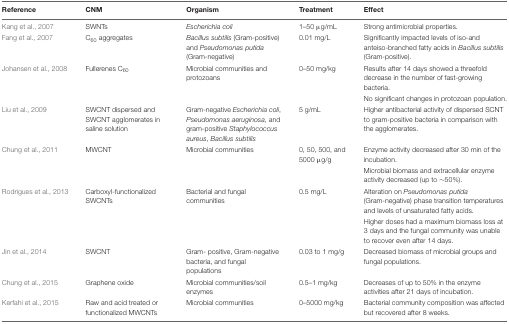
| Reference | CNM | Organism | Treatment | Effect |
 | --- | --- | --- | --- | --- |
 | Kang et al., 2007 | SWNTs | Escherichia coli | 1–50 μg/mL | Strong antimicrobial properties. |
 | Fang et al., 2007 | C60 aggregates | Bacillus subtilis (Gram-positive) and Pseudomonas putida (Gram-negative) | 0.01 mg/L | Significantly impacted levels of iso-and anteiso-branched fatty acids in Bacillus subtilis (Gram-positive). |
 | Johansen et al., 2008 | Fullerenes C60 | Microbial communities and protozoans | 0–50 mg/kg | Results after 14 days showed a threefold decrease in the number of fast-growing bacteria. |
 |  |  |  |  | No significant changes in protozoan population. |
 | Liu et al., 2009 | SWCNT dispersed and SWCNT agglomerates in saline solution | Gram-negative Escherichia coli, Pseudomonas aeruginosa, and gram-positive Staphylococcus aureus, Bacillus subtilis | 5 g/mL | Higher antibacterial activity of dispersed SCNT to gram-positive bacteria in comparison with the agglomerates. |
 | Chung et al., 2011 | MWCNT | Microbial communities | 0, 50, 500, and 5000 μg/g | Enzyme activity decreased after 30 min of the incubation. |
 |  |  |  |  | Microbial biomass and extracellular enzyme activity decreased (up to ∼50%). |
 | Rodrigues et al., 2013 | Carboxyl-functionalized SWCNTs | Bacterial and fungal communities | 0.5 mg/L | Alteration on Pseudomonas putida (Gram-negative) phase transition temperatures and levels of unsaturated fatty acids. |
 |  |  |  |  | Higher doses had a maximum biomass loss at 3 days and the fungal community was unable to recover even after 14 days. |
 | Jin et al., 2014 | SWCNT | Gram- positive, Gram-negative bacteria, and fungal populations | 0.03 to 1 mg/g | Decreased biomass of microbial groups and fungal populations. |
 | Chung et al., 2015 | Graphene oxide | Microbial communities/soil enzymes | 0.5–1 mg/kg | Decreases of up to 50% in the enzyme activities after 21 days of incubation. |
 | Kerfahi et al., 2015 | Raw and acid treated or functionalized MWCNTs | Microbial communities | 0–5000 mg/kg | Bacterial community composition was affected but recovered after 8 weeks. |